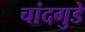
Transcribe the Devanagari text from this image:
चांदगुडे